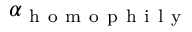
\alpha _ { \mathrm { ~ h ~ o ~ m ~ o ~ p ~ h ~ i ~ l ~ y ~ } }